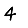
Digit: 4